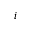
i